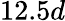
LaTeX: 12.5d